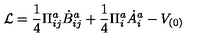
{ \cal L } = \frac { 1 } { 4 } \Pi _ { i j } ^ { a } \dot { B } _ { i j } ^ { a } + \frac { 1 } { 4 } \Pi _ { i } ^ { a } \dot { A } _ { i } ^ { a } - V _ { ( 0 ) }